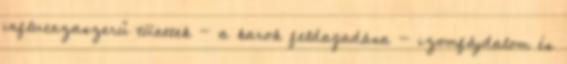
influenzaszerű tünetek - a karok feldagadása - izomfájdalom és